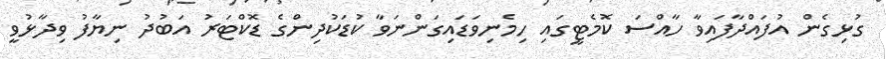
ގުޅިގެން އުފައްދާފައިވާ ހާއްސަ ކޮމެޓީގައި ހިމެނިވަޑައިގަންނަވާ ކުޑަކުދިންގެ ޑޮކްޓަރު އަބުދު ނިޔާފު ވިދާޅުވީ